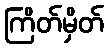
ကြိတ်မှိတ်